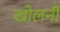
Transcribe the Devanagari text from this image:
खोलनी